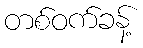
တစ်ဝက်ခန့်